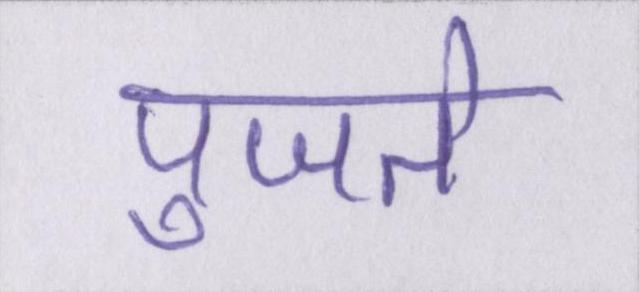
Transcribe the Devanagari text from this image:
पुजते